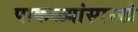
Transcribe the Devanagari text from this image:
पाकळ्यांसारखे